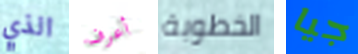
الذي أعرف الخطوبة جيا